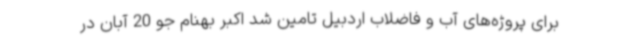
برای پروژه‌های آب و فاضلاب اردبیل تامین شد اکبر بهنام جو 20 آبان در